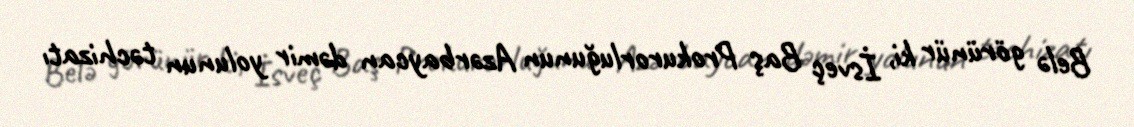
Belə görünür ki, İsveç Baş Prokurorluğunun Azərbaycan dəmir yolunun təchizatı